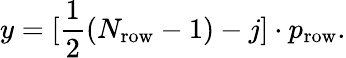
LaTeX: y=[\frac{1}{2}(N_{\mathrm{row}}-1)-j]\cdot p_{\mathrm{row}}.